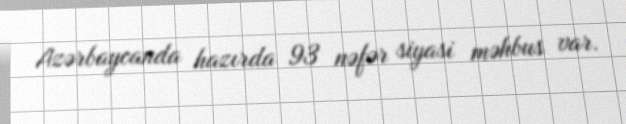
Azərbaycanda hazırda 93 nəfər siyasi məhbus var.